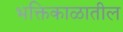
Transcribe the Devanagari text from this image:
भक्तिकाळातील